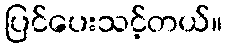
ပြင်ပေးသင့်တယ်။